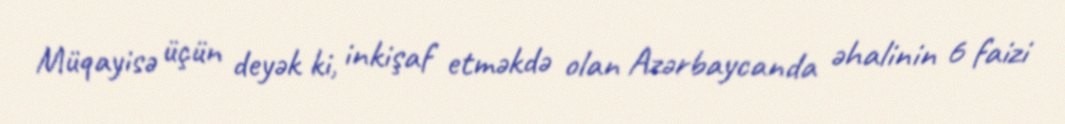
Müqayisə üçün deyək ki, inkişaf etməkdə olan Azərbaycanda əhalinin 6 faizi